Vaccination in Burma 1900-1911 - 1900-1911
Year: 1900
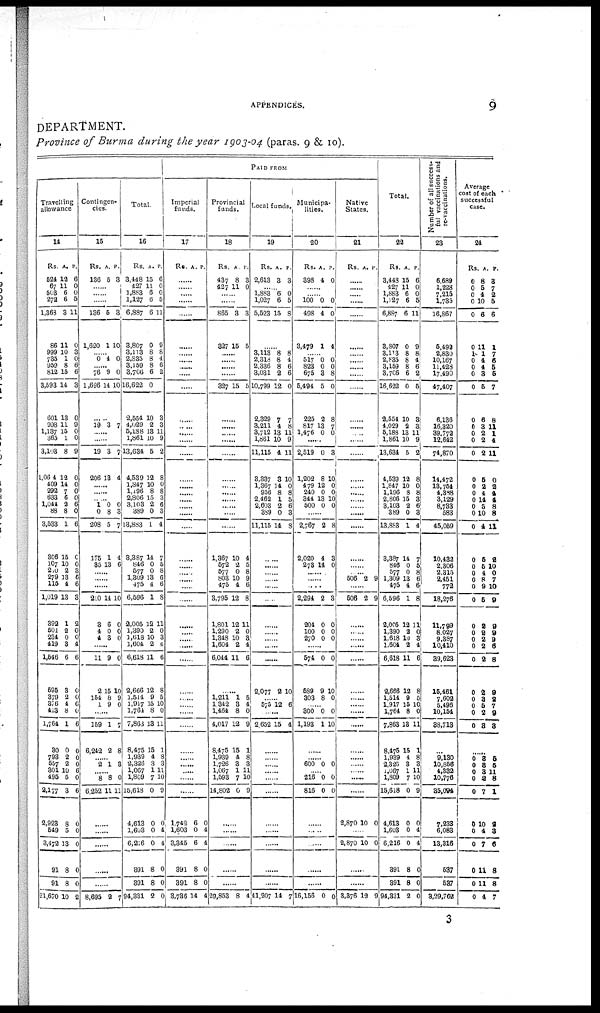
APPENDICES.
9
DEPARTMENT.
Province of Burma during the year 1903-04 (paras. 9 & 10).
Travelling
allowance
14
Rs.
524
67
503
272
1,368
86
999
735
959
812
3,593
601
998
1,137
365
3,103
1,0604
409
292
633
1,044
88
3,533
306
107 210
279
115
1,019
392
501
234
419
1,546
595
379
376
413
1,764
30
793
557
301
495
2,177
2,923
549
3,472
91
91
21,670
A.
12
11
6
6
3
11
10
1
8
15
14
13
11
15
1
8
12
14
7
6
2
8
1
15
10
2
13
4
13
1
2
0
3
6
3
2
4
8
1
0
2
2
10
5
3
8
5
13
8
8
10
P.
6
0
0
5
11
0
3
0
6
6
3
0
9
0
0
9
0
0
0
0
6
0
6
0
0
3
6
6
3
2
0
0
4
6
0
0
6
0
6
0
0
0 6
0
6
0
0
0
0
0
2
Contingen-
cies.
15
Rs.
136
A.
5
P.
3
......
......
......
136
1,620
5
1
3
10
...... 0 4 0
...... 76
1,696
9
14
0
10
......
19 3 7
......
......
19
206
3
13
7
4
......
......
...... 1 0
208
175
35
0
8
5
1
13
0
3
7
4
6
...... ......
......
210
3
4
4
14
6
0
3
10
0
0
0
......
11
2
154
1
9
15
8
9
0
10
9
0
......
159
6,242
1
2
7
8
...... 2 1 3
......
8
6,252
8
11
0
11
......
......
......
......
......
8,695 2 7
Total.
16
Rs
3,448
427
1,883
1,127
6,887
3,807
3,113
2,835
3,159
3,706
16,622
2,554
4,029
5,188
1,861
13,634
4,539
1,847
1,196
2,806
3,103
389
13,883
3,387
846
577
1,309
475
6,596
2,005
1,390
1,618
1,604
6,618
2,666
1,514
1,917
1,764
7,863
8,475
1,939
2,326
1,067
1,809
15,618
4,613
1,603
6,216
391
391
94,331
A.
15
11
6
6
6
0
8
8
8
6
0
10
2
13
10
5
12
10
8
15
2
0
1
14
0
0
13
4
1
12
2
10
2
11
12
9
15
8
13
15
4
3
1
7
0
0
0
0
8
8
2
P.
6
0
0
5
11
9
8
4
6
2
3
3
11
9
2
8
0
8
3
6
3
4
7
5
8
6
6
8
11
0
3
4
6
8
5
10
0
11
1
8 3
11
10
9
0
4
4
0
0
0
PAID FROM
Imperial
funds.
17
Rs. A. P.
......
......
......
......
......
......
......
......
......
......
......
......
......
......
......
......
......
......
......
......
......
......
......
......
......
...... ......
......
......
......
...... ......
......
......
......
...... ......
......
......
......
......
...... ......
......
......
1,742
1,603
3,345
391
391
3,736
6
0
6
8
8
14
0
4
4
0
0
4
Provincial
funds.
18
Rs.
437
427
A.
8
11
P.
3
0
......
......
865
327
3
15
3
5
......
......
......
......
327 15 5
......
......
......
......
......
......
......
......
......
......
......
......
1,367
572
577
803
475
3,795
1,801
1,290
1,348
1,604
6,044
10
2
0
10
4
12
12
2
10
2
11
4
5
8
9
6
8
11
0
8
4
6
......
1,211
1,342
1,464
4,017
8,475
1,939
1,726
1,067
1,593
14,802
1
3
8
12
15
4
3
1
7
0
5
4
0
9
1
8
3
11
10
9
......
......
......
......
......
29,853 8 4
Local funds.
19
Rs.
2,613
A.
3
P.
3
...... 1,883
1,027
5,523
6
6
15
0
5
8
......
3,113
2,318
2,336
3,031
10,799
2,329
3,211
3,712
1,861
11,115
3,337
1,367
956
2,462
2,603
389
11,115
8
8
8
2
12
7
4
13
10
4
8
14
8
1
2
0
14
8
4
6
6
0
7
8
11
9
11
10
0
8
5
6
3
8
......
......
...... ......
......
......
......
...... ......
......
......
2,077 2 10
...... 575 12 6
......
2,652 15 4
......
......
......
......
......
......
......
......
......
......
......
41,207 14 7
Municipa-
lities.
20
Rs.
398
A.
4
P.
0
......
...... 100
498
3,479
0
4
1
0
0
4
...... 517
823
675
5,494
225
817
1,476
0
0
3
5
2
13
0
0
0
8
0
8
7
0
......
2,519
1,202
479
240
344
500
0
8
12
0
13
0
3
10
0
0
10
0
......
2,767
2,020
273
2
4
14
8
3
0
...... ......
......
2,294
204
100
270
2
0
0
0
3
0
0
0
......
574
589
303
0
9
8
0
10
0
...... 300
1,193
0
1
0
10
......
...... 600 0 0
...... 216
816
0
0
0
0
......
......
......
......
......
16,156 0 0
Native
States.
21
Rs. A. P.
......
......
......
......
......
......
......
......
......
......
......
......
......
......
......
......
......
......
......
......
......
......
......
......
......
...... 506 2 9
......
506 2 9
......
...... ......
......
......
......
...... ......
......
......
......
......
......
......
......
......
2,870 10 0
......
2,870 10 0
......
......
3,376 12 9
Total.
22
Rs.
3,448
427
1,883
1,127
6,887
3,807
3,113
2,835
3,159
3,706
16,622
2,554
4,029
5,188
1,861
13,634
4,539
1,847
1,196
2,806
3,103
389
13,883
3,387
846
577
1,309
475
6,596
2,005
1,390
1,618
1,604
6,618
2,666
1,514
1,917
1,764
7,863
8,475
1,939
2,326
1,067
1,809
15,618
4,613
1,603
6,216
391
391
94,331
A.
15
11
6
6
6
0
8
8
8
6
0
10
2
13
10
5
12
10
8
15
2
0
1
14
0
0
13
4
1
12
2
10
2
11
12
9
16
8
18
15
4
3
1
7
0
0
0
0
8
8
2
P.
6
0
0
5
11
9
8
4
6
2
5
3
8
11
9
2
8
0
8
3
6
3
4
7
5
8
6
6
8
11
0
3
4
6
8
5
10
0
11
1
8
3
11
10
9
0
4
4
0
0
0
Number of all success-
ful vaccinations and
re-vaccinations.
23
6,689
1,228
7,215
1,735
16,867
5,492
2,830
10,167
11,428
17,490
47,407
6,136
16,320
39,772
12,642
74,870
14,472
13,754
4,388
3,129
8,733
583
45,059
10,432
2,306
2,315
2,451
772
18,276
11,799
8,027
9,387
10,410
39,623
15,461
7,602
5,496
10,154
38,713
...
9,130
10,856
4,332
10,776
35,094
7,233
6,083
13,316
537
587
3,29,762
Average
cost of each
successful
case.
24
Rs.
0
0
0
0
0
0
1
0
0
0
0
0
0
0
0
0
0
0
0
0
0
0
0
0
0
0
0
0
0
0
0
0
0
0
0
0
0
0
0
A.
8
5
4
10
6
11
1
4
4
3
5
6
3
2
2
2
5
2
4
14
5
10
4
5
5
4
8
9
5
2
2
2
2
2
2
3
5
2
3
P.
3
7
2
5
6
1
7
6
5
5
7
8
11
1
4
11
0
2
4
4 8
8
11
2
10
0
7
10
9
9
9
9
5
8
9
2
7
9
3
......
0
0
0
0
0
0
0
0
0
0
0
3
8
3
2
7
10
4
7
11
11
4
5
5
11
8
1
2
3
6
8
8
7
3